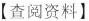
【查阅资料】